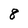
Character: 8